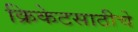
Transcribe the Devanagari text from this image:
क्रिकेटसाठीचे